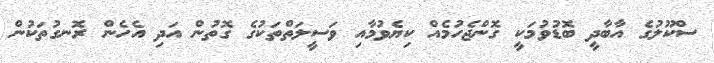
ސްކޫލުގެ އާބާދީ ބޮޑުވުމަކީ ގޮންޖެހުމެއް ކިޔެވުމާއި ވަސީލަތްތަކުގެ ގޮތުން އަދި އެހެން ރޮނގުތަކުން